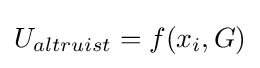
U_{altruist}=f(x_{i},G)